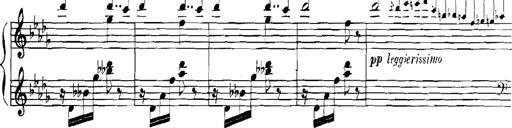
Title: Rhapsodies hongroises
Composer: Franz Liszt